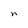
Character: n